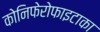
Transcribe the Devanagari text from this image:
कोनिफेरोफाइटाका